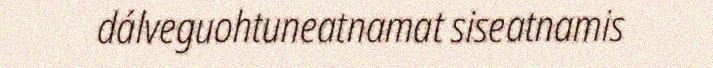
dálveguohtuneatnamat siseatnamis